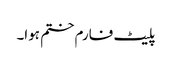
پلیٹ فارم ختم ہوا۔